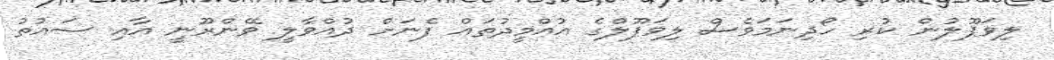
ލިވަޕޫލުން ކުރި ހޯދިނަމަވެސް ލިވަޕޫލްގެ އުއްމީދުތައް ފެނަށް ދުއްވާލީ ވޭންރޫނީ އާއި ސައުތު